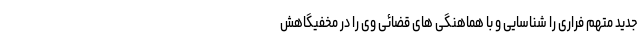
جدید متهم فراری را شناسایی و با هماهنگی های قضائی وی را در مخفیگاهش